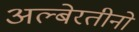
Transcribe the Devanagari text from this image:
अल्बेरतीनो